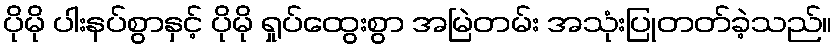
ပိုမို ပါးနပ်စွာနှင့် ပိုမို ရှုပ်ထွေးစွာ အမြဲတမ်း အသုံးပြုတတ်ခဲ့သည်။